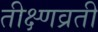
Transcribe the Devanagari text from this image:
तीक्ष्णव्रती